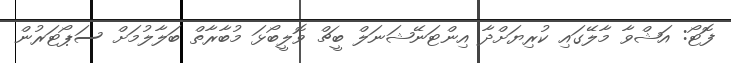
ފޮޓޯ: އަޝްވާ މާލޭގައި ކުރިޔަށްދާ އިންޓަނޭޝަނަލް ބީޗް ވޮލީބޯޅަ މުބާރާތް ބަލާލުމަށް ސަޕޯޓަރުން